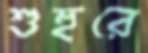
শুহুরে